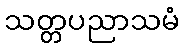
သတ္တပညာသမံ